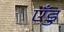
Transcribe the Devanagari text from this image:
एँडु